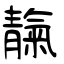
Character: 靝